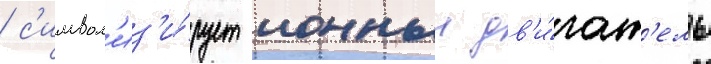
/ с'имвол'из'и́рует ионныи дв'и́гат'ель